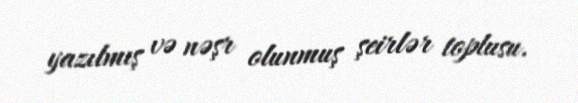
yazılmış və nəşr olunmuş şeirlər toplusu.